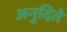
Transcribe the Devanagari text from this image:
अनुदिते